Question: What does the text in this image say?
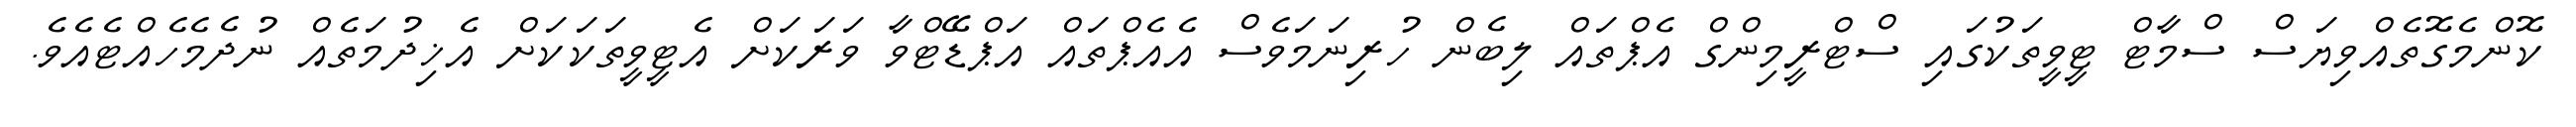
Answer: ކޮންމެގޮތެއްވިޔަސް ސްމާޓް ޓީވީތަކުގައި ސްޓްރީމިންގް އެޕްތައް ލިބެން ހުރިނަމަވެސް އެއެޕްތައް އަޕްޑޭޓްވާ ވަރަކަށް އެޓީވީތަކަކަށް އެޚިދުމަތެއް ނުދެމެހެއްޓެއެވެ.